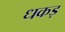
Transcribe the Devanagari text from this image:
धकड़